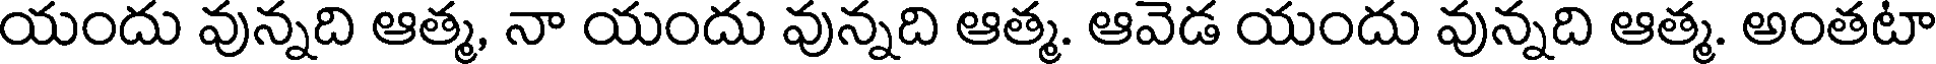
యందు వున్నది ఆత్మ, నా యందు వున్నది ఆత్మ. ఆవెడ యందు వున్నది ఆత్మ. అంతటా